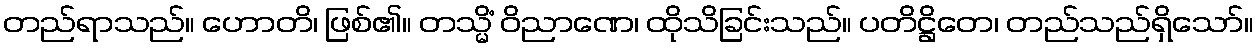
တည်ရာသည်။ ဟောတိ၊ ဖြစ်၏။ တသ္မိံ ဝိညာဏေ၊ ထိုသိခြင်းသည်။ ပတိဋ္ဌိတေ၊ တည်သည်ရှိသော်။